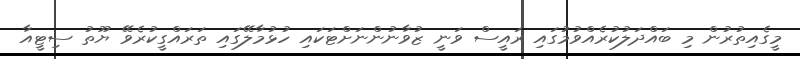
މީގެއިތުރުން މި ބައްދަލުކުރެއްވުމުގައި ރައީސް ވަނީ ޒުވާނުންނަށްޓަކައި ހުޅުމާލޭގައި ތަރައްގީކުރެވޭ ޔޫތު ސިޓީއާ